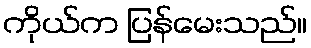
ကိုယ်က ပြန်မေးသည်။